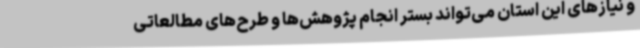
و نیازهای این استان می‌تواند بستر انجام پژوهش‌ها و طرح‌های مطالعاتی